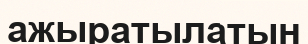
ажыратылатын